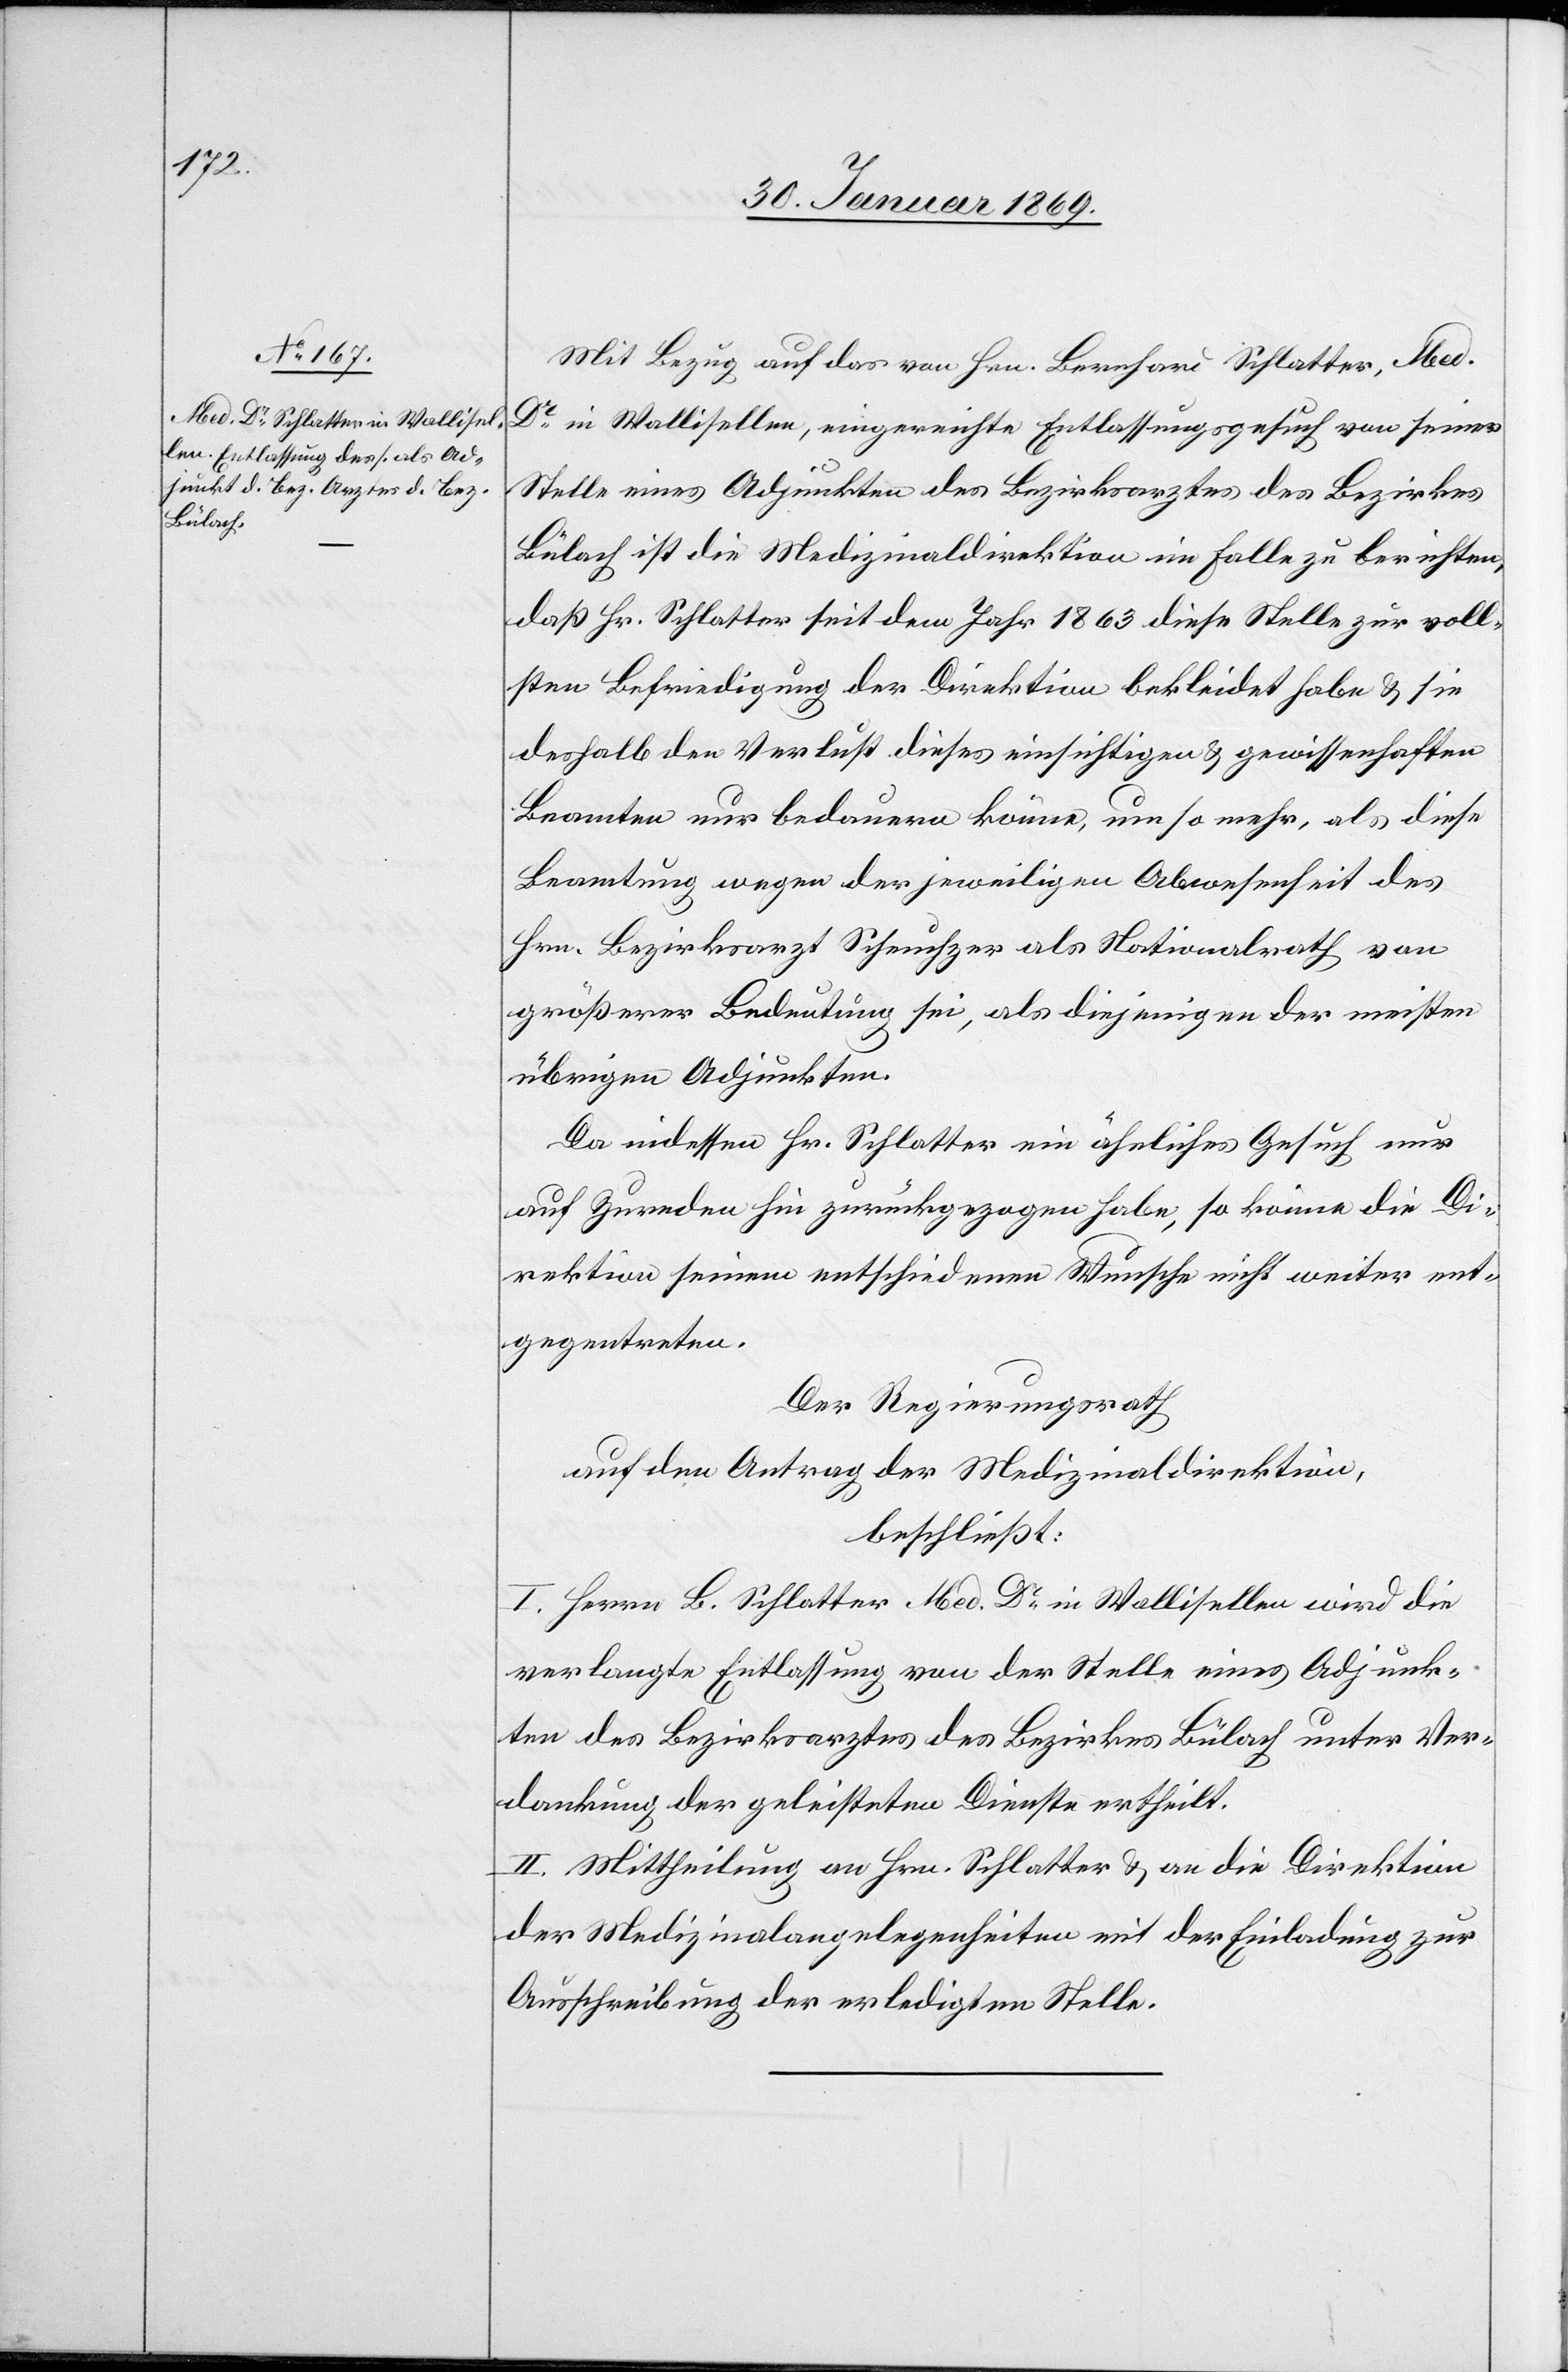
Mit Bezug auf das von Hrn. Bernhard Schlatter, Med.
Dr in Wallisellen, eingereichte Entlassungsgesuch von seiner
Stelle eines Adjunkten des Bezirksarztes des Bezirkes
Bülach ist die Medizinaldirektion im Falle zu berichten,
daß Hr. Schlatter seit dem Jahre 1863 diese Stelle zur voll¬
sten Befriedigung der Direktion bekleidet habe u. sie
deshalb den Verlust dieses einsichtigen u. gewissenhaften
Beamten nur bedauern könne, um so mehr, als diese
Beamtung wegen der jeweiligen Abwesenheit des
Hrn. Bezirksarzt Scheuchzer als Nationalrath von
größerer Bedeutung sei, als diejenigen der meisten
übrigen Adjunkten.
Da indessen Hr. Schlatter ein ähnliches Gesuch nur
auf Zureden hin zurückgezogen habe, so könne die Di¬
rektion seinem entschiedenen Wunsche nicht weiter ent¬
gegentreten.
Der Regierungsrath
auf den Antrag der Medizinaldirektion,
beschließt:
I. Herrn B. Schlatter Med Dr in Wallisellen wird die
verlangte Entlassung von der Stelle eines Adjunk¬
ten des Bezirksarztes des Bezirkes Bülach unter Ver¬
dankung der geleisteten Dienste ertheilt.
II. Mittheilung an Hrn. Schlatter u. an die Direktion
der Medizinalangelegenheiten mit der Einladung zur
Ausschreibung der erledigten Stelle.